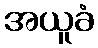
အယူခံ